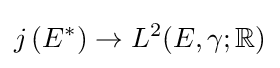
j\left(E^{*}\right)\to L^{2}(E,\gamma ;\mathbb {R} )